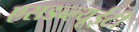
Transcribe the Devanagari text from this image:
एसडब्ल्यूईटी